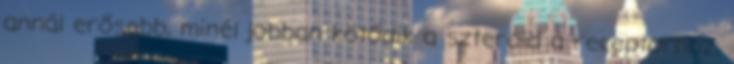
annál erősebb, minél jobban kötődik a szteroid a receptorhoz,